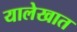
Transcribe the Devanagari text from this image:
यालेखात